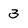
Character: 3